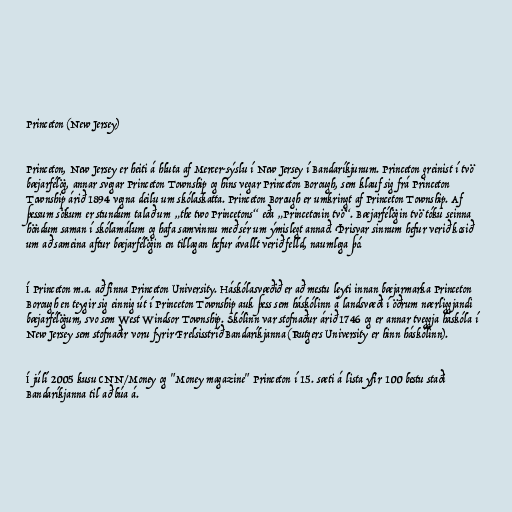
Princeton (New Jersey)

Princeton, New Jersey er heiti á hluta af Mercer-sýslu í New Jersey í Bandaríkjunum. Princeton greinist í tvö
bæjarfélög, annar svegar Princeton Township og hins vegar Princeton Borough, sem klauf sig frá Princeton
Township árið 1894 vegna deilu um skólaskatta. Princeton Borough er umkringt af Princeton Township. Af
þessum sökum er stundum talað um „the two Princetons“ eða „Princetonin tvö“. Bæjarfélögin tvö tóku seinna
höndum saman í skólamálum og hafa samvinnu með sér um ýmislegt annað. Þrisvar sinnum hefur verið kosið
um að sameina aftur bæjarfélögin en tillagan hefur ávallt verið felld, naumlega þó.

Í Princeton m.a. að finna Princeton University. Háskólasvæðið er að mestu leyti innan bæjarmarka Princeton
Borough en teygir sig einnig út í Princeton Township auk þess sem háskólinn á landsvæði í öðrum nærliggjandi
bæjarfélögum, svo sem West Windsor Township. Skólinn var stofnaður árið 1746 og er annar tveggja háskóla í
New Jersey sem stofnaðir voru fyrir Frelsisstríð Bandaríkjanna (Rutgers University er hinn háskólinn).

Í júlí 2005 kusu CNN/Money og "Money magazine" Princeton í 15. sæti á lista yfir 100 bestu staði
Bandaríkjanna til að búa á.